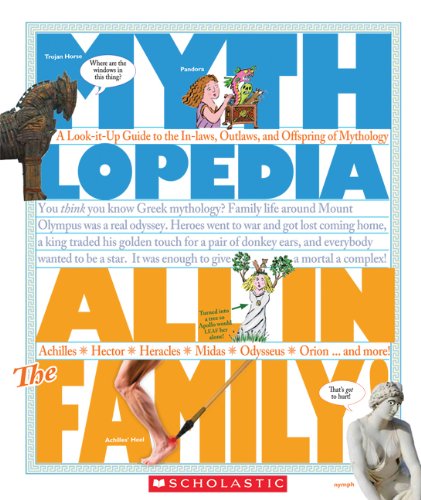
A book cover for All in the Family: A Look-It-Up Guide to the In-Laws, Outlaws, and Offspring of Mythology (Mythlopedia); Steven Otfinoski; Reference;